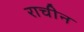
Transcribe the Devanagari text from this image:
राचीन